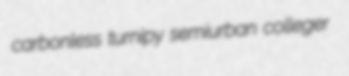
carbonless turnipy semiurban colleger